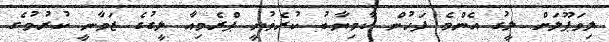
ލިވަޕޫލަށް ލީގު އެންމެ ފަހުން ކާމިޔާބު ކުރެވުނީ ޕްރެމިއާ ލީގުގެ ޒަމާނީ ކުރުމުގެ